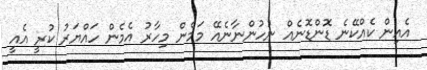
އެއިން ކެއްކޭނެ ޑޮންޑޮނެއް ނުހުންނާނެއޭ މަމެން މިހާރު އެމެން ހައްޔަރު ކުރީ އެއީ